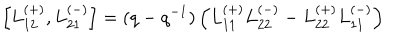
LaTeX: \left[ L _ { 1 2 } ^ { ( + ) } , L _ { 2 1 } ^ { ( - ) } \right] = ( q - q ^ { - 1 } ) \left( L _ { 1 1 } ^ { ( + ) } L _ { 2 2 } ^ { ( - ) } - L _ { 2 2 } ^ { ( + ) } L _ { 1 1 } ^ { ( - ) } \right)